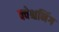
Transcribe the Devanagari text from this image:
क्वेश्चनिंग